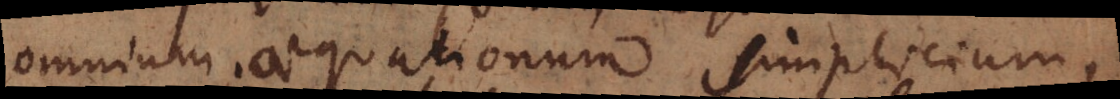
omnium aequationum simplicium,